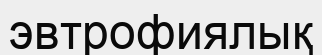
эвтрофиялық